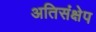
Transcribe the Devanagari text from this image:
अतिसंक्षेप